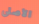
الأصلى